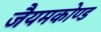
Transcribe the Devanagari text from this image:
जैयमकोण्ड